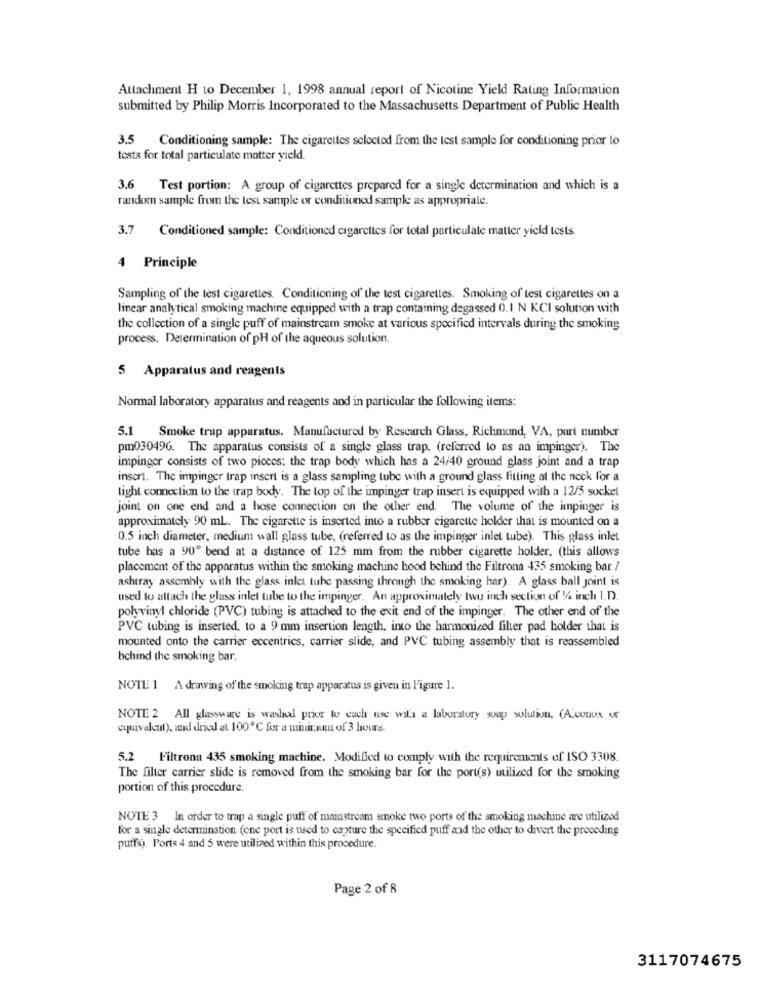
Attachment H to December 1, 1998 annual report of Nicotine Yield Rating Information
submitted by Philip Morris Incorporated to the Massachusetts Department of Public Health
3.5 Conditioning sample: The cigarettes selected from the test sample for conditioning prior lo
tests for total particulate matter yield.
3.6 Test portion: A group of cigarettes prepared for a single determination and which is a
random sample from the test sample or conditioned sample as appropriale.
3.7
Conditioned sample: Conditioned cigarettes for total particulate matter yield tests
4 Principle
Sampling of the test cigarettes. Conditioning of the test cigarettes. Smoking of test cigarettes on a
linear analytical smoking machine equipped with a trap containing degassed 0.I N KCI solution with
the collection of a single puff of mainstream smoke at various specified intervals during the smoking
process. Determination of pH of the aqueous solution,
5 Apparatus and reagents
Normal laboratory apparatus and reagents and in particular the following items:
5.1 Smoke trap apparatus. Manufactured by Rescarch Glass, Richmond, VA, purt number
pm030496. The apparatus consists of a single glass trap, (referred to as an impinger). The
impingor consists of two pieces: the trap body which has a 24/40 ground glass joint and a trap
insert. The impinger trap insert is a glass sampling tube with a ground glass fitting at the neck for a
light connection to the trap body. The top of the impinger trap insert is equipped with a 12/5 sockel
joint on one end and a hose connection on the other end. The volume of the impinger is
approximately 90 mL. The cigarette is inserted into a rubber cigarette holder that is mounted on a
0.5 inch diameter, medium wall glass tube, (referred to as the impinger inlet tube). This glass inlet
tube has a 90º bend at a distance of 125 mm from the rubber cigarette holder, (this allows
placement of the apparatus within the smoking machine hood behind the Filtrona 435 smoking bar /
ashtray assembly with the glass inlet tuhe passing through the smoking har). A glass ball joint is
used to attach the glass inlet tube to the impinger. An approximately two inch section of 1/4 inch 1.D.
polyvinyl chloride (PVC) tubing is attached to the exit end of the impinger. The other end of the
PVC tubing is inserted. to a 9 mm insertion length, into the harmonized filter pad holder that is
mounted onto the carrier eccentrics, carrier slide, and PVC tubing assembly that is reassembled
behind the smoking bar.
NOTE 1 A drawing of the smoking trap apparatus is given in Figure 1.
NOTE 2 All glassware is washal prior to each use will a laboratory suap solution, (A.conox ur
equivalent), and dried at 100℃ for a minimum of 3 hours.
5.2 Filtrona 435 smoking machine. Modified to comply with the requirements of ISO 3308.
The filter carrier slide is removed from the smoking bar for the port(s) utilized for the smoking
portion of this procedure.
NOTE 3 In order to trap a single puff of mainstream smoke two ports of the smoking machine are utilized
for a single determination (one port is used to capture the specified puff and the other to divert the preceding
puffs). Ports 4 and 5 were utilized within this procedure.
Page 2 of 8
3117074675